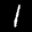
Label: 1